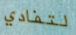
لتفادي